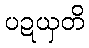
ပဍယှတိ